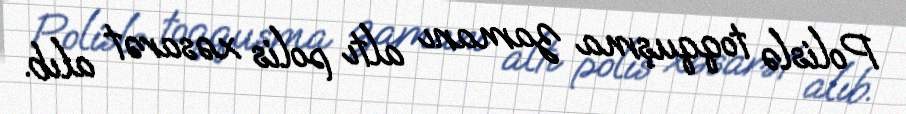
Polislə toqquşma zamanı altı polis xəsarət alıb.